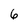
Character: 6